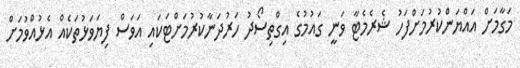
މަގާމަށް އައްޔަންކުރުމަށްފަހު ޝެރެމެޓާ ވަނީ ގައުމުގެ އިގްތިސޯދު ހަރުދަނާކުރުމަށްޓަކައި އަވަސް ފިޔަވަޅުތަކެއް އެޅުއްވުމަށް